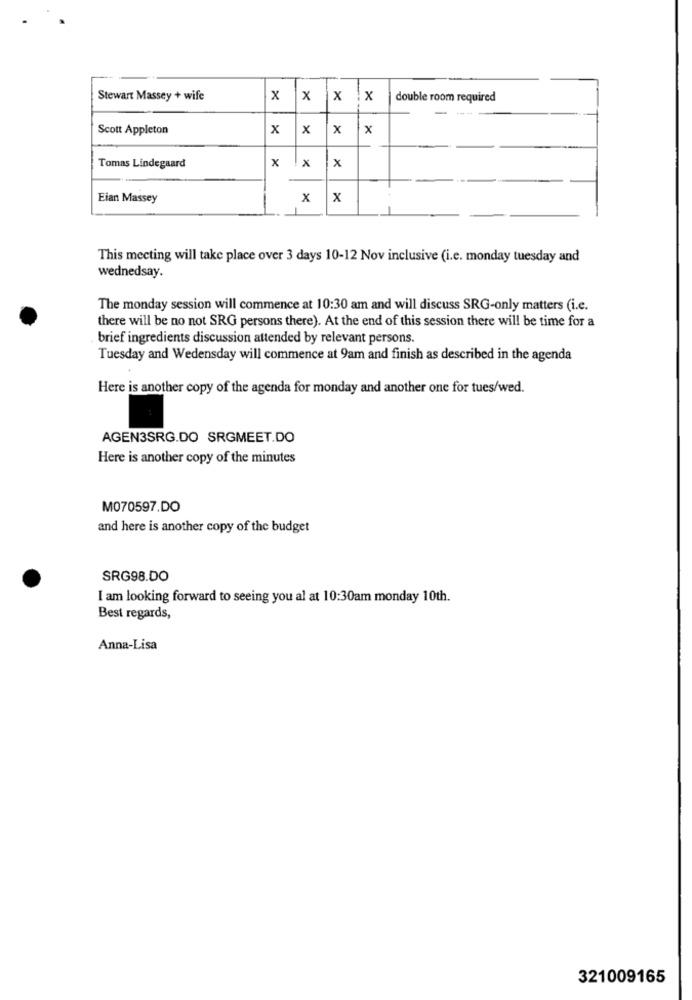
Stewart Massey + wife
x
x
X
x
double room required
Scott Appleton
x
x
x
x
x
Tomas Lindegaard
x
x
Eian Massey
x
x
This meeting will take place over 3 days 10-12 Nov inclusive (i.e. monday tuesday and
wednedsay.
The monday session will commence at 10:30 am and will discuss SRG-only matters (i.e.
there will be no not SRG persons there). At the end of this session there will be time for a
brief ingredients discussion attended by relevant persons.
Tuesday and Wedensday will commence at 9am and finish as described in the agenda
Here is another copy of the agenda for monday and another one for tues/wed.
AGEN3SRG.DO SRGMEET.DO
Here is another copy of the minutes
M070597.DO
and here is another copy of the budget
SRG98.DO
I am looking forward to seeing you al at 10:30am monday 10th.
Best regards,
Anna-Lisa
321009165